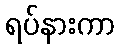
ရပ်နားကာ